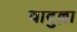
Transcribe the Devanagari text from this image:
वादुल्ला